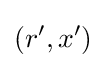
\left(r',x'\right)